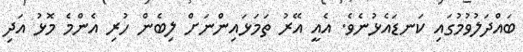
ބައްދަލުވުމުގައި ކަނޑައެޅުނެވެ. އެއީ އޭރު ތަމަޅައިންނަށް ލިބެން ހުރި އެންމެ މޮޅު އަދި